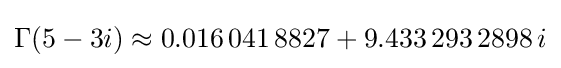
\Gamma (5-3i)\approx 0.016\,041\,8827+9.433\,293\,2898\,i